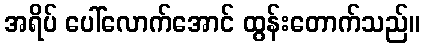
အရိပ် ပေါ်လောက်အောင် ထွန်းတောက်သည်။